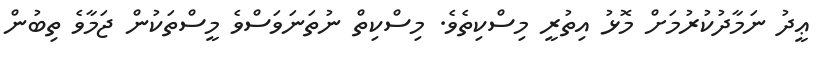
ޢީދު ނަމާދުކުރުމަށް މޮޅު އިތުރީ މިސްކިތެވެ. މިސްކިތް ނުތަނަވަސްވެ މީސްތަކުން ޖަމާވެ ތިބުން